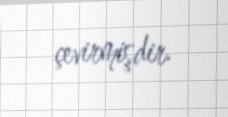
çevirmişdir.